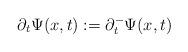
LaTeX: \begin{align*}\partial_t\Psi(x,t):=\partial_t^-\Psi(x,t)\end{align*}